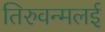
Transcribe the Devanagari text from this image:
तिरुवन्मलई